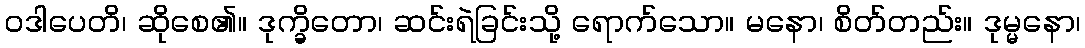
ဝဒါပေတိ၊ ဆိုစေ၏။ ဒုက္ခိတော၊ ဆင်းရဲခြင်းသို့ ရောက်သော။ မနော၊ စိတ်တည်း။ ဒုမ္မနော၊